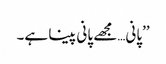
’’پانی…مجھے پانی پینا ہے۔